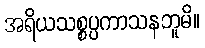
အရိယသစ္စပ္ပကာသနဘူမိ။